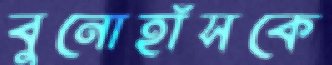
বুনোহাঁসকে